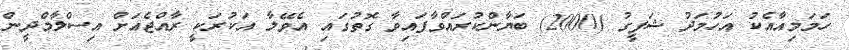
ހަމަމިއާއެކު އަހުމަދު ޝަފީގު (2000) ބަޔާންކުރައްވާފައިވާ ގޮތުގައި އެވޭލާ އަކުރަކީ ރާއްޖެއަށް އިސްލާމްދީން